Insane asylums Bombay 1873-77 - 1873-1877
Year: 1873
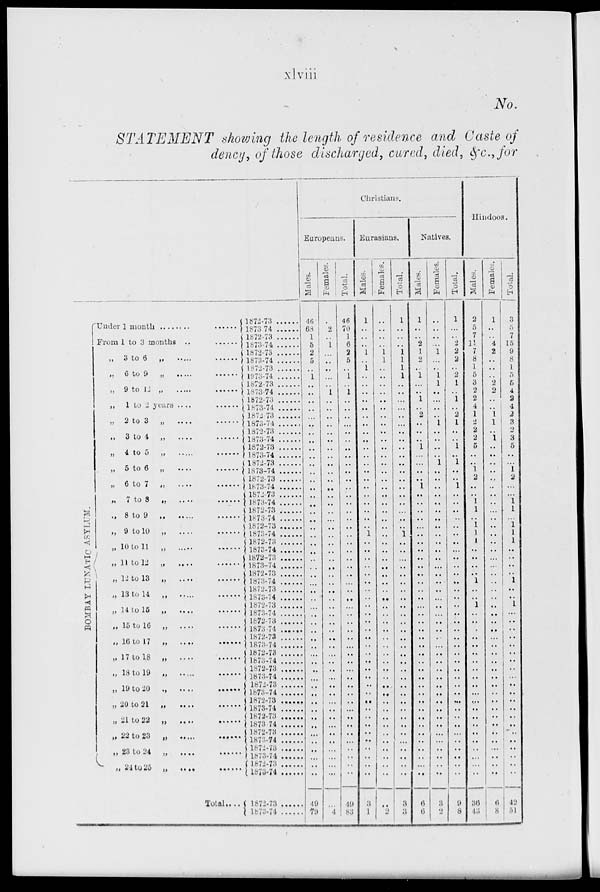
xlviii
No.
STATEMENT
showing the length of residence and Caste of
dency, of those discharged, cured, died, &c.,for
B OMB AY LUNATIC ASYLUM.
Under 1 month ........ ......
From 1 to 3 months .. ......
„ 3 to 6
„ ..... ......
„ 6 to 9
„ ..... ......
„ 9 to 12 „ ..... ......
„ 1 to 2 years ..... ......
„ 2 to 3
„ ..... ......
„
3 to 4 „ ..... ......
„ 4 to 5 „ ..... ......
„ 5 to 6
„ ..... ......
„ 6 to 7 „ ..... ......
„ 7 to 8
„
....
„ 8 to 9 .. ..... ......
„ 9 to 10
„ ..... ......
„ 10 to 11
„
„ 11 to 12 „
„ 12 to 13 „
„ 13 to 14
„
„ 14 to 15 „
„ 15 to 16 „
„ 16 to 17 „
„ 17 to 18 „
„ 18 to 19 „
„ 19 to 20 „
„ 20 to 21 „
„ 21 to 22 „
.. 22 to 23 „ ..... ......
.. 23 to 24 „ ..... ......
.. 24 to 25 „ ..... ......
Total ....
1872-73
1873-74
1872-73
1873-74
1872-73
1873-74
1872-73
1873-74
1872-73
1873-74
1872-73
1873-74
1872-73
1873-74
1872-73
1873-74
1872-73
1873-74
1872-73
1873-74
1872-73
1873-74
1872-73
1873-74
1872-73
1873-74
1872-73
1873-74
1872-73
1873-74
1872-73
1873-74
1872-73
1873-74
1872-73
1873-74
1872-73
1873-74
1872-73
1873-74
1872-73
1873-74
1872-73
1873-74
1872-73
1873-74
1872-73
1873-74
1872-73
1873-74
1872-73
1873-74
1872-73
1873-74
1872-73
1873-74
1872-73
1873-74
1872-73
1873-74
Christians.
Europeans.
Males.
46
68
1
5
2
5
..
1
..
..
..
..
..
..
..
..
..
..
..
..
..
..
..
..
..
..
..
..
..
..
..
..
..
..
..
..
..
..
..
..
..
..
..
..
..
..
..
..
..
..
..
..
..
..
..
..
..
..
49
79
Females.
..
2
..
1
..
..
..
..
..
1
..
..
..
..
..
..
..
..
..
..
..
..
..
..
..
..
..
..
..
..
..
..
..
..
..
..
..
..
..
..
..
..
..
..
..
..
..
..
..
..
..
..
..
..
..
..
..
..
..
4
Total.
46
70
1
6
2
5
..
1
..
1
..
..
..
..
..
..
..
..
..
..
..
..
..
..
..
..
..
..
..
..
..
..
..
..
..
..
..
..
..
..
..
..
..
..
..
..
..
..
..
..
..
..
..
..
..
..
..
..
49
83
Eurasians.
Males.
1
..
..
..
1
..
1
..
..
..
..
..
..
..
..
..
..
..
..
..
..
..
..
..
..
..
..
1
..
..
..
..
..
..
..
..
..
..
..
..
..
..
..
..
..
..
..
..
..
..
..
..
..
..
..
..
..
..
3
1
Females.
..
..
..
..
1
1
..
..
..
..
..
..
..
..
..
..
..
..
..
..
..
..
..
..
..
..
..
..
..
..
..
..
..
..
..
..
..
..
..
..
..
..
..
..
..
..
..
..
..
..
..
..
..
..
..
..
..
..
..
2
Total.
1
..
..
..
1
1
1
1
..
..
..
..
..
..
..
..
..
..
..
..
..
..
..
..
..
..
..
1
..
..
..
..
..
..
..
..
..
..
..
..
..
..
..
..
..
..
..
..
..
..
..
..
..
..
..
..
..
..
3
3
Natives.
Males.
1
..
..
2
1
2
..
1
..
..
1
..
2
..
..
..
1
..
..
..
..
1
..
..
..
..
..
..
..
..
..
..
..
..
..
..
..
..
..
..
..
..
..
..
..
..
..
..
..
..
..
..
..
..
..
..
..
..
6
6
Females.
..
..
..
..
1
..
..
1
1
..
..
..
..
1
..
..
..
..
1
..
..
..
..
..
..
..
..
..
..
..
..
..
..
..
..
..
..
..
..
..
..
..
..
..
..
..
..
..
..
..
..
..
..
..
..
..
..
..
3
2
Total.
1
..
..
2
2
2
..
2
1
..
1
..
2
1
..
..
1
..
1
..
..
1
..
..
..
..
..
..
..
..
..
..
..
..
..
..
..
..
..
..
..
..
..
..
..
..
..
..
..
..
..
..
..
..
..
..
..
..
9
8
Hindoos.
Males.
2
5
7
11
7
8
1
5
3
2
2
4
1
2
2
2
5
..
..
1
2
..
..
1
1
..
1
1
1
..
..
..
..
1
..
..
1
..
..
..
..
..
..
..
..
..
..
..
..
..
..
..
..
..
..
..
..
..
36
43
Females.
1
..
..
4
2
..
..
..
2
2
..
..
1
1
..
1
..
..
..
..
..
..
..
..
..
..
..
..
..
..
..
..
..
..
..
..
..
..
..
..
..
..
..
..
..
..
..
..
..
..
..
..
..
..
..
..
..
..
6
8
Total.
3
5
7
15
9
8
1
5
5
4
2
4
2
3
2
3
5
..
..
1
2
..
..
1
1
..
1
1
1
..
..
..
..
1
..
..
1
..
..
..
..
..
..
..
..
..
..
..
..
..
..
..
..
..
..
..
..
..
42
51